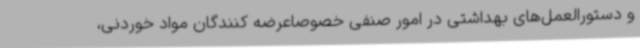
و دستورالعمل‌های بهداشتی در امور صنفی خصوصاعرضه کنندگان مواد خوردنی،